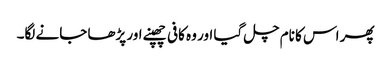
پھر اس کا نام چل گیا اور وہ کافی چھپنے اور پڑھا جانے لگا۔